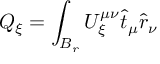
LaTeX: Q _ { \xi } = \int _ { { \cal { B } } _ { r } } U _ { \xi } ^ { \mu \nu } \hat { t } _ { \mu } \hat { r } _ { \nu }